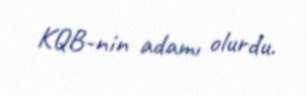
KQB-nin adamı olurdu.